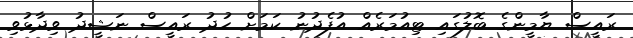
ރައީސް ޔާމީންގެ ބޮލުގައި ޓިއުމަރެއް އުފެދުނު ކަމަށް ހުދު ރައީސް ނަޝީދު ވިދާޅުވި